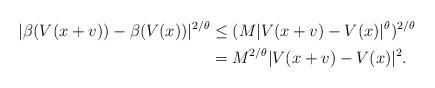
LaTeX: \begin{align*}|\beta(V(x+v)) - \beta(V(x))|^{2/\theta} & \le (M|V(x+v)-V(x)|^\theta)^{2/\theta} \\& = M^{2/\theta} |V(x+v)-V(x)|^2. \end{align*}